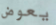
يعوض